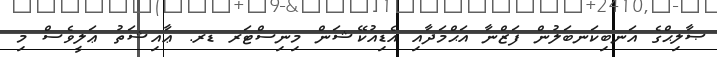
ޞާލިޙްގެ އަނބިކަނބަލުން ފަޒްނާ އަޙްމަދާއި އެޑިއުކޭޝަން މިނިސްޓަރ ޑރ. ޢާއިޝަތު ޢަލީވެސް މި